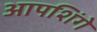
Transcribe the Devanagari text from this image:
आपशिंगे